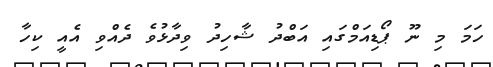
ހަމަ މި ނޫ ޕޯޑިއަމްގައި އަބްދު ޝާހިދު ވިދާޅުވެ ދެއްވި އެއީ ކިހާ